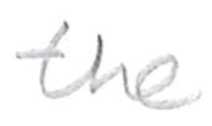
Text: the
Cross-out: clean
Writing tool: pencil